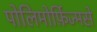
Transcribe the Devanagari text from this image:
पोलिमोर्फ़िज्मसे